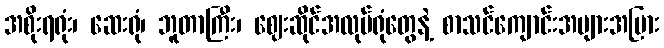
အစိုးရရုံး၊ ဆေးရုံ၊ ဘူတာကြီး၊ ဈေးဆိုင်အလုပ်ရုံတွေနဲ့ စာသင်ကျောင်းအများအပြား